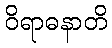
ဝိရာဓနာတိ